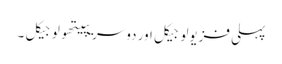
پہلی فزیولوجیکل اور دوسریپیتھولوجیکل ۔